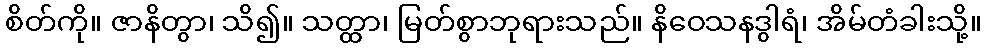
စိတ်ကို။ ဇာနိတွာ၊ သိ၍။ သတ္ထာ၊ မြတ်စွာဘုရားသည်။ နိဝေသနဒွါရံ၊ အိမ်တံခါးသို့။